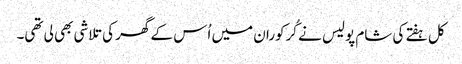
کل ہفتے کی شام پولیس نے کُرکوران میں اُس کے گھر کی تلاشی بھی لی تھی۔